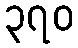
၃၇၀